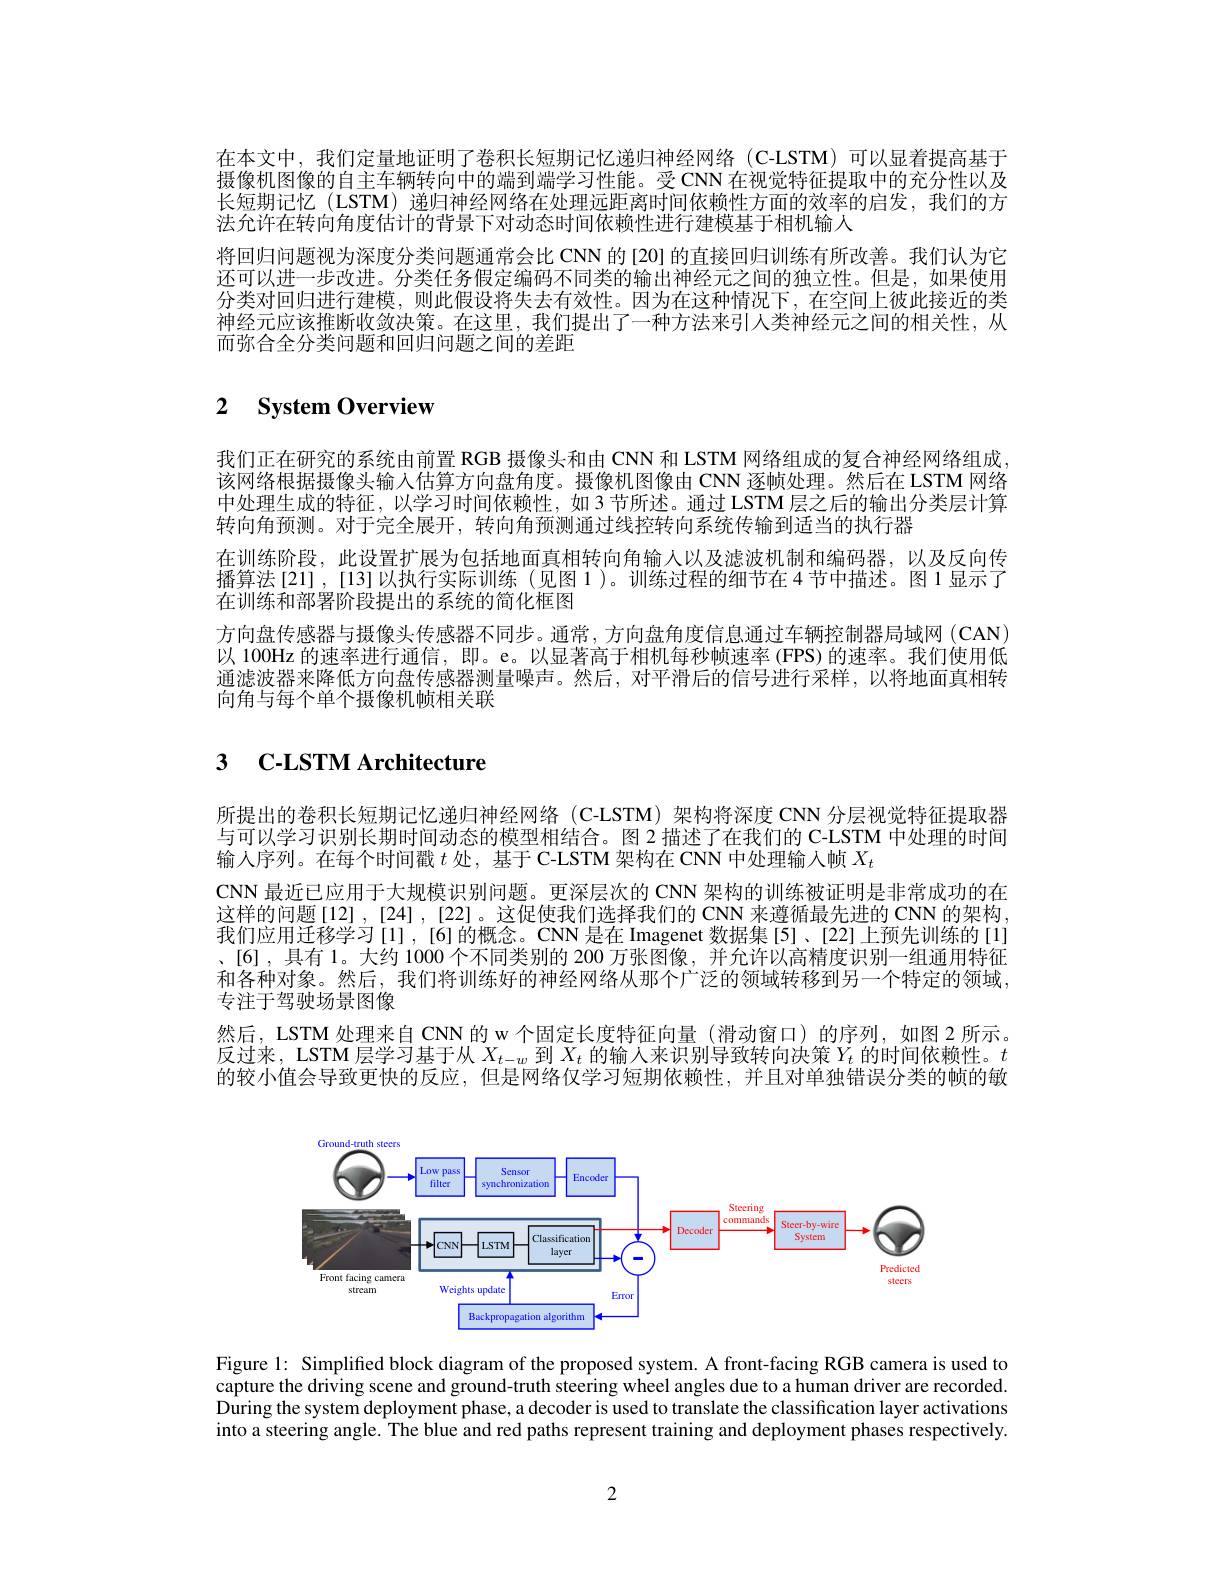
在本文中，我们定量地证明了卷积长短期记忆递归神经网络(G-LSTM)可以显着提高基于摄像机图像的自主车辆转向中的端到端学习性能。受 CNN 在视觉特征提取中的充分性以及长短期记忆 (LSTM) 递归神经网络在处理远距离时间依赖性方面的效率的启发，我们的方法允许在转向角度估计的背景下对动态时间依赖性进行建模基于相机输人
将回归问题视为深度分类问题通常会比 CNN 的[20] 的直接回归训练有所改善。我们认为它还可以进一步改进。分类任务假定编码不同类的输出神经元之间的独立性。但是，如果使用分类对回归进行建模，则此假设将失去有效性。因为在这种情况下，在空间上彼此接近的类神经元应该推断收敛决策。在这里，我们提出了一种方法来引入类神经元之间的相关性，从而弥合全分类问题和回归问题之间的差距

# 2 $\textbf{System Overview}$

我们正在研究的系统由前置 RGB 摄像头和由 CNN 和 LSTM 网络组成的复合神经网络组成该网络根据摄像头输人估算方向盘角度。摄像机图像由 CNN 逐帧处理。然后在 LSTM 网络中处理生成的特征，以学习时间依赖性，如3节所述。通过 LSTM层之后的输出分类层计算转向角预测。对于完全展开，转向角预测通过线控转向系统传输到适当的执行器
在训练阶段，此设置扩展为包括地面真相转向角输人以及滤波机制和编码器，以及反向传播算法[21],[13]以执行实际训练(见图1)。训练过程的细节在4节中描述。图1显示了在训练和部署阶段提出的系统的简化框图
方向盘传感器与摄像头传感器不同步。通常，方向盘角度信息通过车辆控制器局域网 (CAN) 以 100Hz 的速率进行通信，即。e。以显著高于相机每秒帧速率 (FPS) 的速率。我们使用低通滤波器来降低方向盘传感器测量噪声。然后，对平滑后的信号进行采样，以将地面真相转向角与每个单个摄像机帧相关联

## 3 $\textbf{C- LSTM Architecture}$

所提出的卷积长短期记忆递归神经网络(C-LSTM)架构将深度 CNN 分层视觉特征提取器与可以学习识别长期时间动态的模型相结合。图 2 描述了在我们的 C-LSTM 中处理的时间输人序列。在每个时间戳$t$ 处，基于 C-LSTM 架构在 CNN 中处理输入帧 $X_t$
CNN 最近已应用于大规模识别问题。更深层次的 CNN 架构的训练被证明是非常成功的在这样的问题[12],[24],[22]。这促使我们选择我们的 CNN 来遵循最先进的 CNN 的架构我们应用迁移学习[1],[6]的概念。CNN是在 Imagenet 数据集[5]、[22]上预先训练的[1] 、[6],具有1。大约 1000个不同类别的 200 万张图像，并允许以高精度识别一组通用特征和各种对象。然后，我们将训练好的神经网络从那个广泛的领域转移到另一个特定的领域专注于驾驶场景图像
然后，LSTM 处理来自 CNN 的 w 个固定长度特征向量 (滑动窗口)的序列，如图 2 所示。反过来，LSTM 层学习基于从$X_t-w$到$X_t$的输人来识别导致转向决策$Y_t$的时间依赖性。$t$ 的较小值会导致更快的反应，但是网络仅学习短期依赖性，并且对单独错误分类的帧的敏

<FigureHere>

Figure l: Simplified block diagram of the proposed system. A front-facing RGB camera is used to capture the driving scene and ground-truth steering wheel angles due to a human driver are recorded. During the system deployment phase, a decoder is used to translate the classification layer activations into a steering angle. The blue and red paths represent training and deployment phases respectively.

2